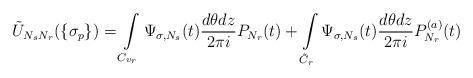
LaTeX: \begin{align*}\tilde U_{N_sN_r}(\{\sigma_p\})=\int\limits_{C_{v_r}}\Psi_{\sigma,N_s}(t)\frac{d\theta dz} {2\pi i}P_{N_r}(t)+\int\limits_{\tilde C_r}\Psi_{\sigma,N_s}(t)\frac{d\theta dz} {2\pi i}P_{N_r}^{(a)}(t)\end{align*}